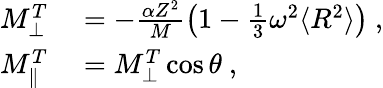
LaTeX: \begin{array}{rl}{M_{\perp}^{T}}&{{}=-\frac{\alpha Z^{2}}{M}\left(1-\frac{1}{3}\omega^{2}\langle R^{2}\rangle\right)~,}\\ {M_{\parallel}^{T}}&{{}=M_{\perp}^{T}\cos\theta~,}\end{array}